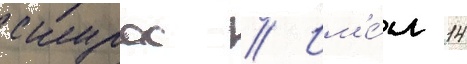
скурас // Им'е́л 14